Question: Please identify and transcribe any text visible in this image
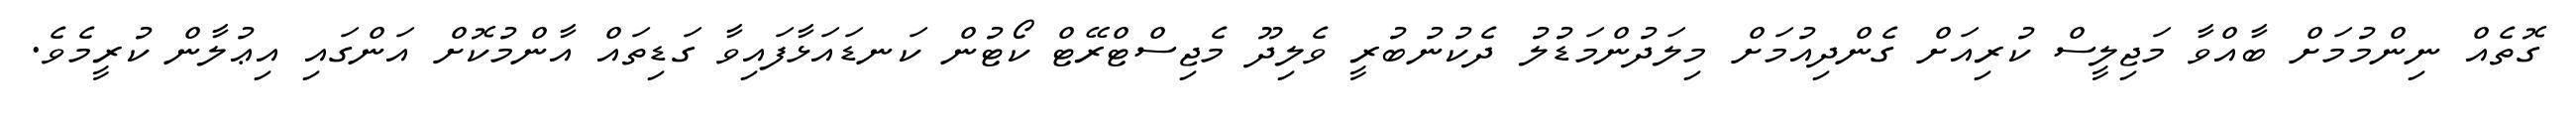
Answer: ގޮތެއް ނިންމުމަށް ބާއްވާ މަޖިލީސް ކުރިއަށް ގެންދިއުމަށް މިލަދުންމަޑުލު ދެކުނުބުރީ ވެލިދޫ މެޖިސްޓްރޭޓް ކޯޓުން ކަނޑައަޅާފައިވާ ގަޑިތައް އާންމުކޮށް އަންގައި އިޢުލާން ކުރީމެވެ.